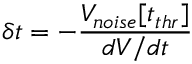
\delta t = - \frac { V _ { n o i s e } [ t _ { t h r } ] } { d V / d t }